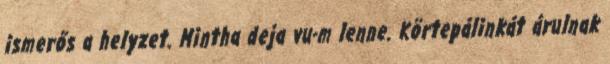
ismerős a helyzet. Mintha deja vu-m lenne. Körtepálinkát árulnak